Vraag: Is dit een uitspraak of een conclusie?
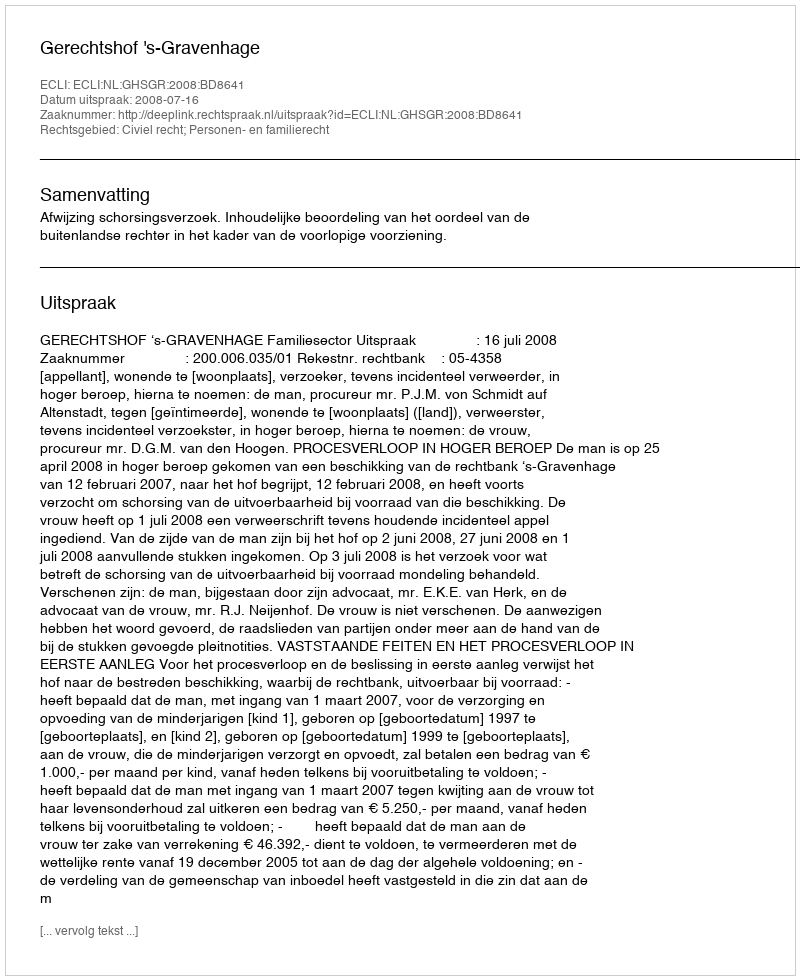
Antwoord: Uitspraak